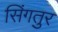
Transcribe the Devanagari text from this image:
सिंगतुर